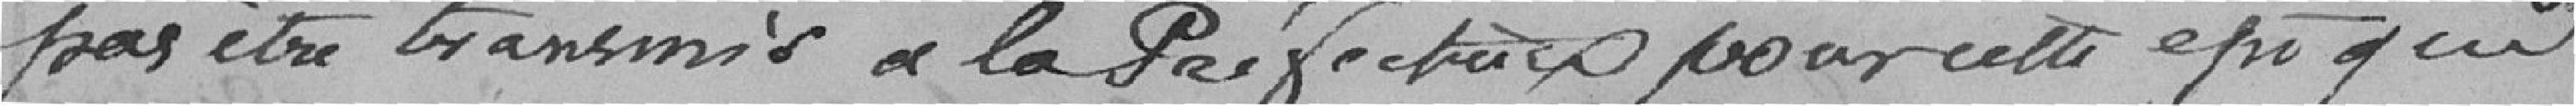
pas être transmis à la Préfecture pour cette époque